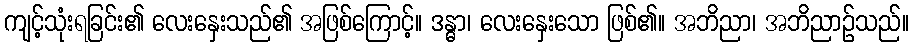
ကျင့်သုံးရခြင်း၏ လေးနှေးသည်၏ အဖြစ်ကြောင့်။ ဒန္ဓာ၊ လေးနှေးသော ဖြစ်၏။ အဘိညာ၊ အဘိညာဉ်သည်။